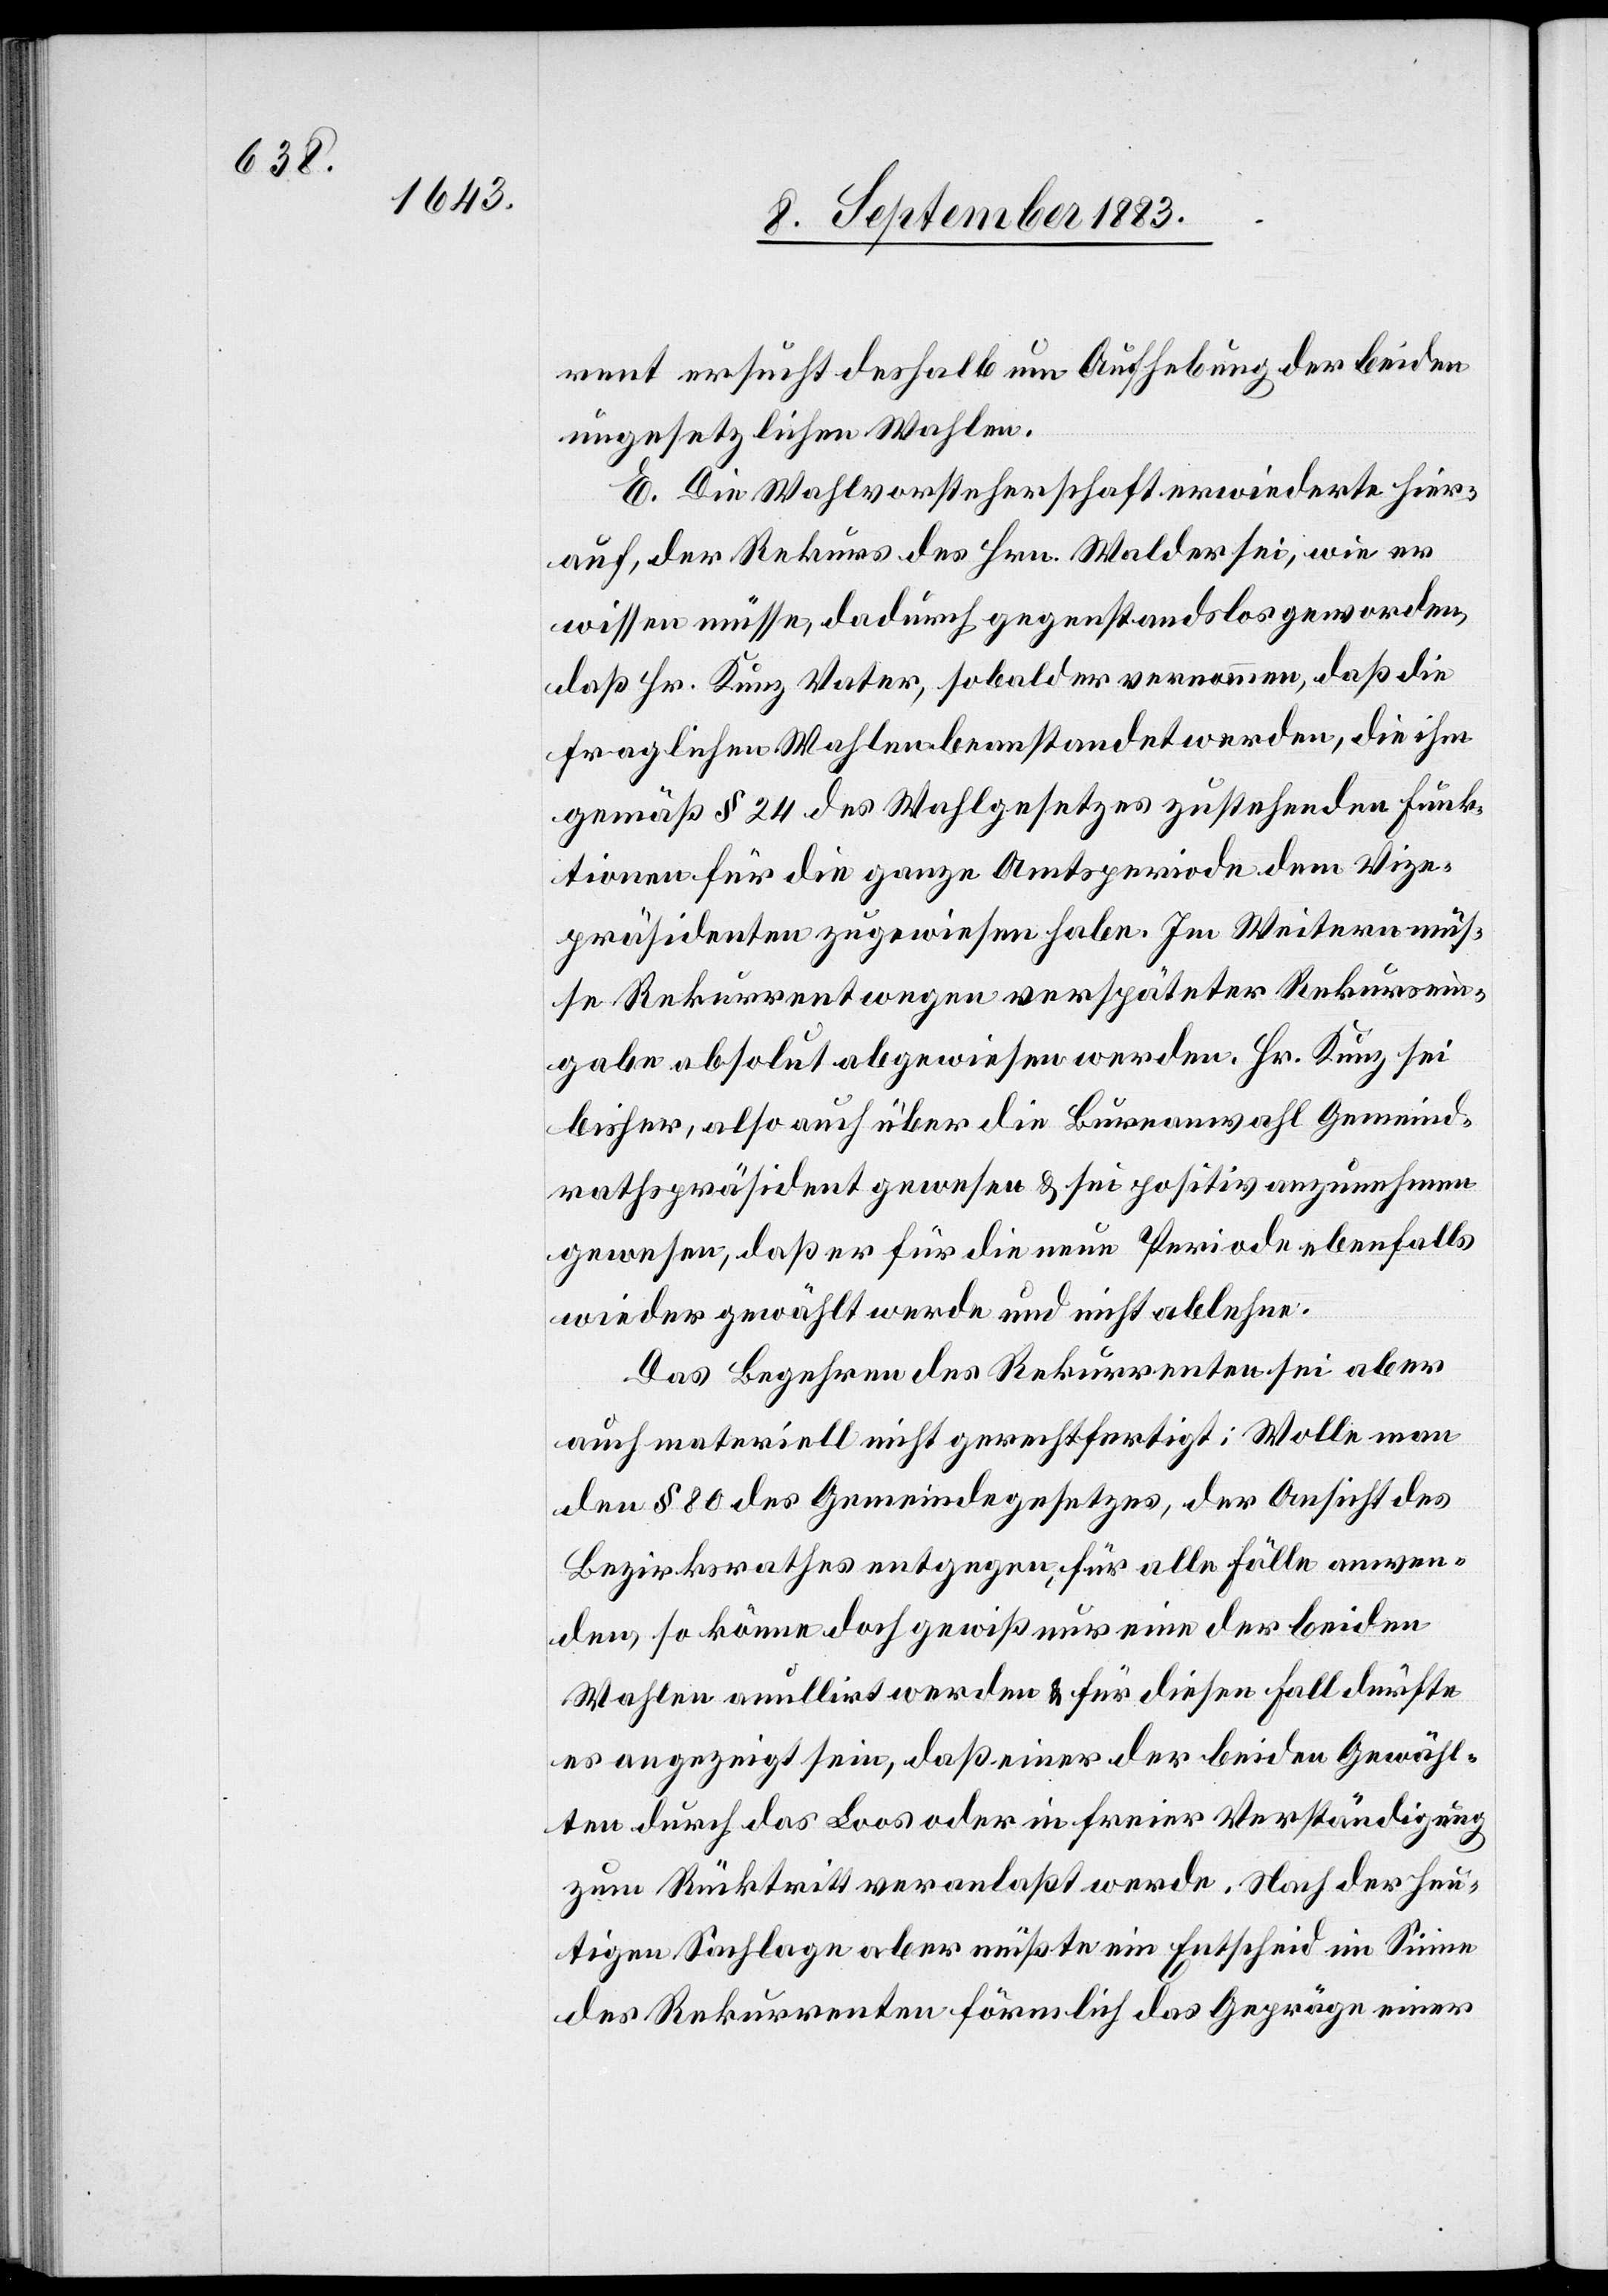
rent ersucht deshalb um Aufhebung der beiden
ungesetzlichen Wahlen.
E. Die Wahlvorsteherschaft erwiederte hier¬
auf, der Rekurs des Hrn. Walder sei, wie er
wissen müsse, dadurch gegenstandslos geworden,
daß Hr. Kunz Vater, sobald er vernommen, daß die
fraglichen Wahlen beanstandet werden, die ihm
gemäß § 24 des Wahlgesetzes zustehenden Funk¬
tionen für die ganze Amtsperiode dem Vize¬
präsidenten zugewiesen habe. Im Weitern müs¬
se Rekurrent wegen verspäteter Rekursein¬
gabe absolut abgewiesen werden. Hr. Kunz sei
bisher, also auch über die Bureauwahl Gemeind¬
rathspräsident gewesen & sei positiv anzunehmen
gewesen, daß er für die neue Periode ebenfalls
wieder gewählt werde und nicht ablehne.
Das Begehren des Rekurrenten sei aber
auch materiell nicht gerechtfertigt: Wolle man
den § 80 des Gemeindegesetzes, der Ansicht des
Bezirksrathes entgegen, für alle Fälle anwen¬
den, so könne doch gewiß nur eine der beiden
Wahlen anullirt werden & für diesen Fall dürfte
es angezeigt sein, daß einer der beiden Gewähl¬
ten durch das Loos oder in freier Verständigung
zum Rücktritt veranlaßt werde. Nach der heu¬
tigen Sachlage aber müßte ein Entscheid im Sinne
des Rekurrenten förmlich das Gepräge einer